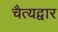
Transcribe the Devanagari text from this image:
चैत्यद्वार